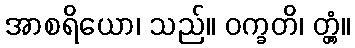
အာစရိယော၊ သည်။ ဝက္ခတိ၊ တ္တံ့။